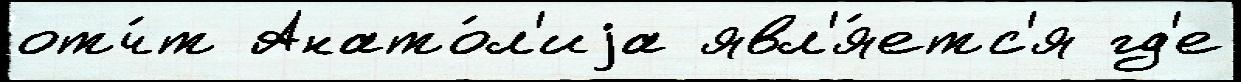
отч́т Анато́л'иjа явл'я́етс'я гд'е